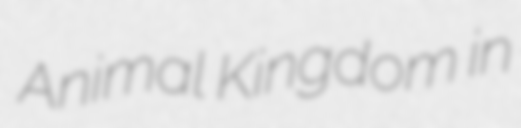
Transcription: Animal Kingdom in